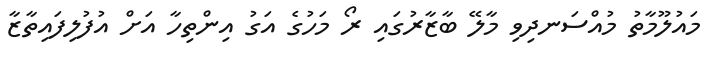
މައުލޫމާތު މުއްސަނދިވި މާލޭ ބާޒާރުގައި ރޯ މަހުގެ އަގު އިންތިހާ އަށް އުފުލިފައިތާޒާ